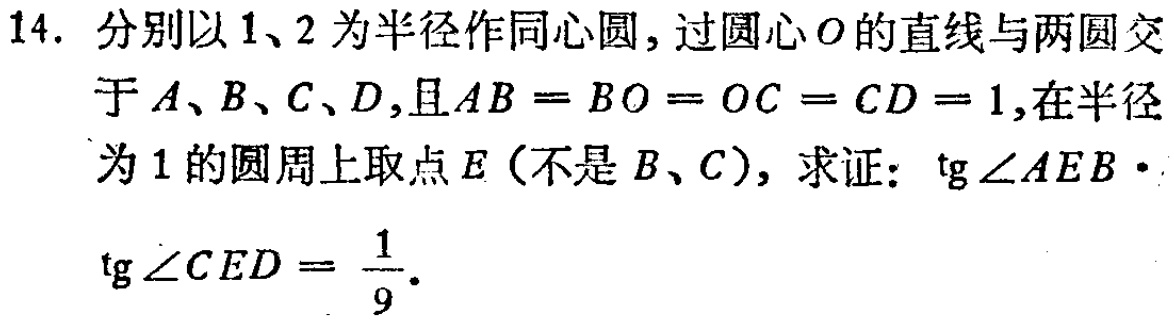
14. 分别以\(1\)、\(2\)为半径作同心圆，过圆心\(O\)的直线与两圆交于\(A\)、\(B\)、\(C\)、\(D\)，且\(AB = BO = OC = CD = 1\)，在半径为\(1\)的圆周上取点\(E\)（不是\(B\)、\(C\)），求证：\(\tan\angle AEB\cdot\tan\angle CED=\frac{1}{9}\)。